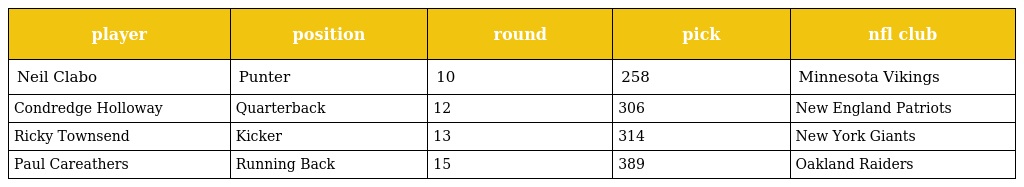
| player | position | round | pick | nfl club |
 | --- | --- | --- | --- | --- |
 | Neil Clabo | Punter | 10 | 258 | Minnesota Vikings |
 | Condredge Holloway | Quarterback | 12 | 306 | New England Patriots |
 | Ricky Townsend | Kicker | 13 | 314 | New York Giants |
 | Paul Careathers | Running Back | 15 | 389 | Oakland Raiders |